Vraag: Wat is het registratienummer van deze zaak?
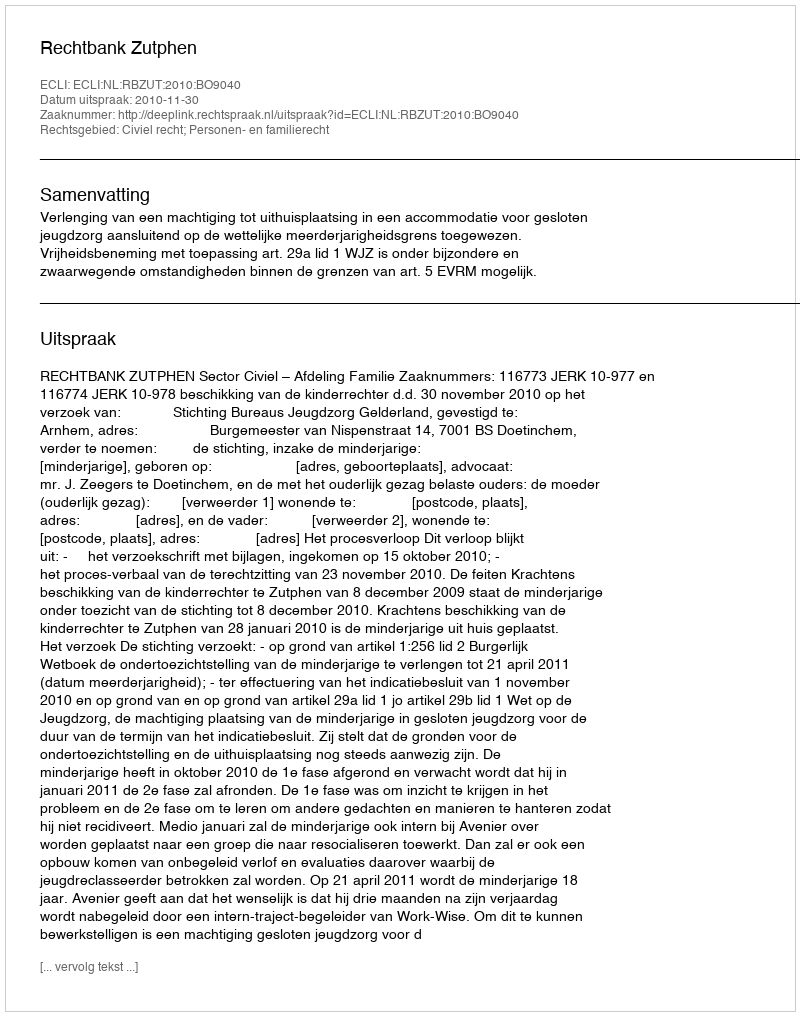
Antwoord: http://deeplink.rechtspraak.nl/uitspraak?id=ECLI:NL:RBZUT:2010:BO9040